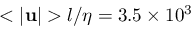
< | \mathbf { u } | > l / \eta = 3 . 5 \times 1 0 ^ { 3 }